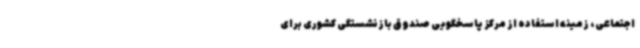
اجتماعی، زمینه استفاده از مرکز پاسخگویی صندوق بازنشستگی کشوری برای